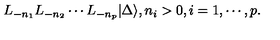
L _ { - n _ { 1 } } L _ { - n _ { 2 } } \cdots L _ { - n _ { p } } | \Delta \rangle , n _ { i } > 0 , i = 1 , \cdots , p .